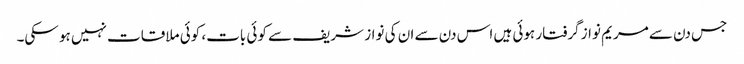
جس دن سے مریم نواز گرفتار ہوئی ہیں اس دن سے ان کی نواز شریف سے کوئی بات، کوئی ملاقات نہیں ہو سکی۔